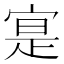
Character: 寔